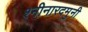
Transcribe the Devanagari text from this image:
श्नीनारदमुनी